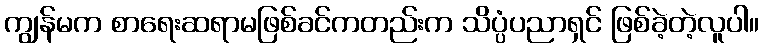
ကျွန်မက စာရေးဆရာမဖြစ်ခင်ကတည်းက သိပ္ပံပညာရှင် ဖြစ်ခဲ့တဲ့လူပါ။